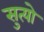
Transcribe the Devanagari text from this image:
सुत्यो